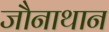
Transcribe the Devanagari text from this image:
जौनाथान